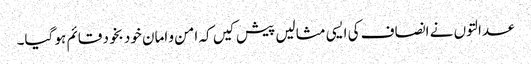
عدالتوں نے انصاف کی ایسی مثالیں پیش کیں کہ امن و امان خود بخود قائم ہو گیا۔